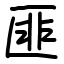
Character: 匪